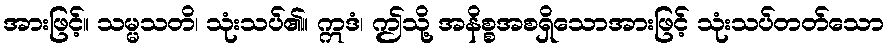
အားဖြင့်။ သမ္မသတိ၊ သုံးသပ်၏။ ဣဒံ၊ ဤသို့ အနိစ္စအစရှိသောအားဖြင့် သုံးသပ်တတ်သော